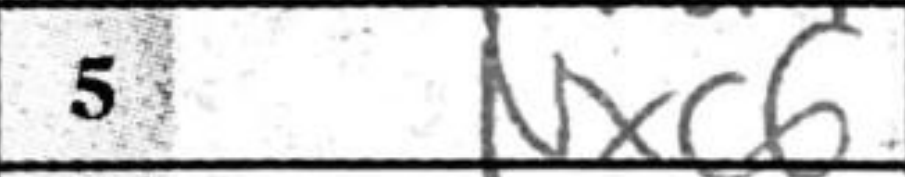
Transcription: Nxc6